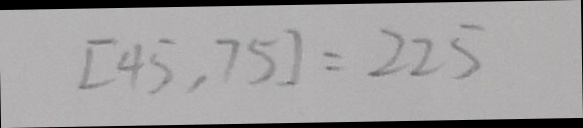
[ 4 5 , 7 5 ] = 2 2 5